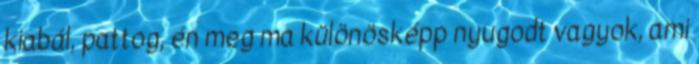
kiabál, pattog, én meg ma különösképp nyugodt vagyok, ami